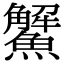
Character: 𩼠